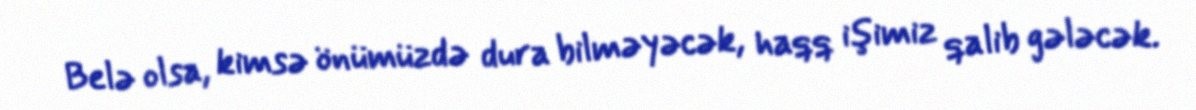
Belə olsa, kimsə önümüzdə dura bilməyəcək, haqq işimiz qalib gələcək.